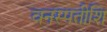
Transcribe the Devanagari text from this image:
वनस्पतीशि